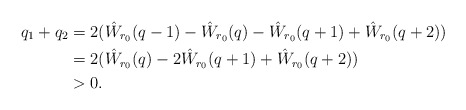
\begin{align*}q_1+q_2 &= 2(\hat W_{r_0}(q-1)-\hat W_{r_0}(q)-\hat W_{r_0}(q+1) + \hat W_{r_0}(q+2))\\&=2(\hat W_{r_0}(q) - 2\hat W_{r_0}(q+1) + \hat W_{r_0}(q+2))\\&>0.\end{align*}